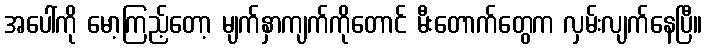
အပေါ်ကို မော့ကြည့်တော့ မျက်နှာကျက်ကိုတောင် မီးတောက်တွေက လှမ်းလျက်နေပြီ။